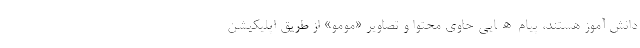
دانش آموز هستند، پیام‌ھایی حاوی محتوا و تصاویر «مومو» از طریق اپلیکیشن